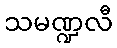
သမဏ္ဍလီ